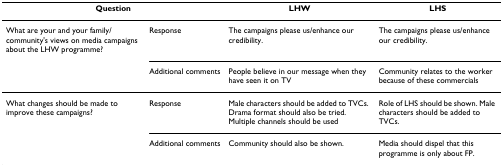
| <COLSPAN=2> Question | LHW | LHS |
 | --- | --- | --- | --- |
 | What are your and your family/community's views on media campaigns about the LHW programme? | Response | The campaigns please us/enhance our credibility. | The campaigns please us/enhance our credibility. |
 |  | Additional comments | People believe in our message when they have seen it on TV | Community relates to the worker because of these commercials |
 | What changes should be made to improve these campaigns? | Response | Male characters should be added to TVCs. Drama format should also be tried. Multiple channels should be used | Role of LHS should be shown. Male characters should be added to TVCs. |
 |  | Additional comments | Community should also be shown. | Media should dispel that this programme is only about FP. |